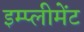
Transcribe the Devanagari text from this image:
इम्प्लीमेंट